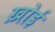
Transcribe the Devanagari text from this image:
ख़ोई